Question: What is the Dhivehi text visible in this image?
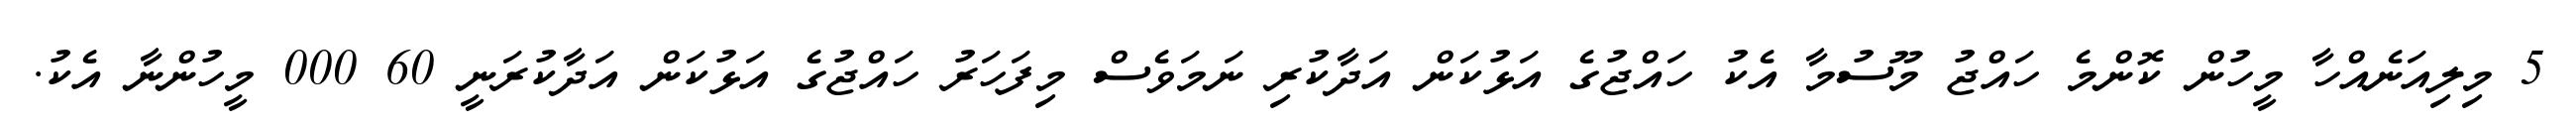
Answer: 5 މިލިއަނެއްހާ މީހުން ކޮންމެ ހައްޖު މޫސުމާ އެކު ހައްޖުގެ އަޅުކަން އަދާކުރި ނަމަވެސް މިފަހަރު ހައްޖުގެ އަޅުކަން އަދާކުރަނީ 60 000 މީހުންނާ އެކު.